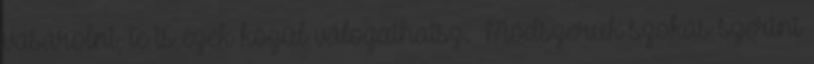
vásárolni, te is ezek közül válogathatsz. Módszerük szokás szerint